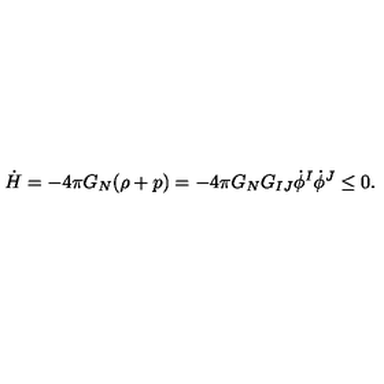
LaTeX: \dot { H } = - 4 \pi G _ { N } ( \rho + p ) = - 4 \pi G _ { N } G _ { I J } \dot { \phi } ^ { I } \dot { \phi } ^ { J } \leq 0 .